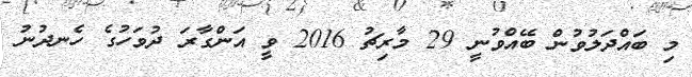
މި ބައްދަލުވުން ބޭއްވުނީ 29 މާރިޗު 2016 ވީ އަންގާރަ ދުވަހުގެ ހެނދުނު